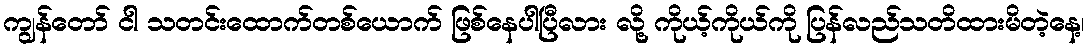
ကျွန်တော် ငါ သတင်းထောက်တစ်ယောက် ဖြစ်နေပါပြီလား လို့ ကိုယ့်ကိုယ်ကို ပြန်လည်သတိထားမိတဲ့နေ့၊